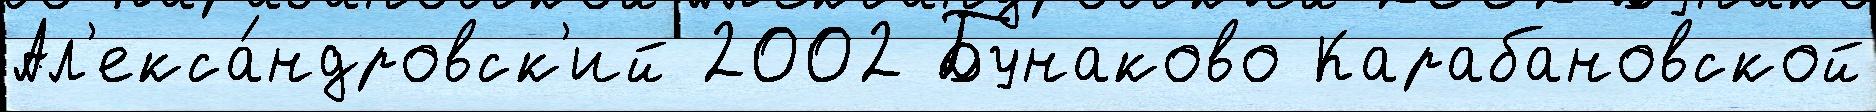
Ал'екса́ндровск'ий 2002 Бунаково Карабановской